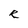
Character: R